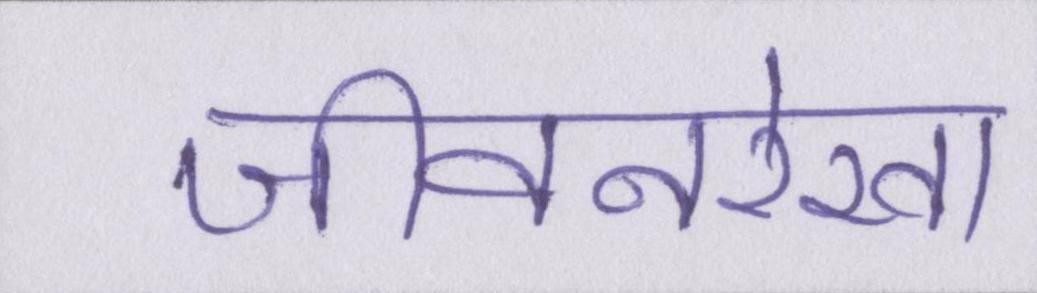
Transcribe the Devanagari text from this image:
जीवनरेखा